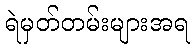
ရဲမှတ်တမ်းများအရ